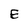
Character: E